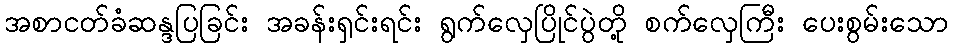
အစာငတ်ခံဆန္ဒပြခြင်း အခန်းရှင်းရင်း ရွက်လှေပြိုင်ပွဲတို့ စက်လှေကြီး ပေးစွမ်းသော